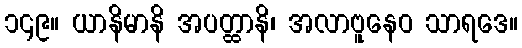
၁၄၉။ ယာနိမာနိ အပတ္ထာနိ၊ အလာဗူနေဝ သာရဒေ။